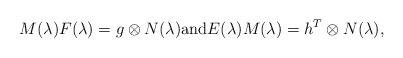
LaTeX: \begin{align*}M(\lambda)F(\lambda)=g\otimes N(\lambda) \mbox{and} E(\lambda)M(\lambda)=h^T\otimes N(\lambda),\end{align*}